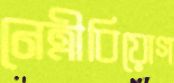
নেত্রীবিয়োগ